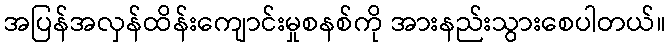
အပြန်အလှန်ထိန်းကျောင်းမှုစနစ်ကို အားနည်းသွားစေပါတယ်။